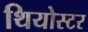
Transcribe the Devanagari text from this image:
थियोस्टर